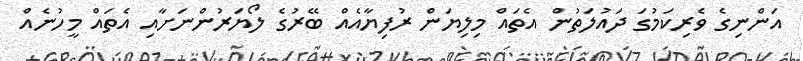
އަންނިގެ ވެރިކަމުގަ ދައުލަތުން އެތައް މިލިޔަން ރުފިޔާއެއް ބޭރުގެ ލޯޔަރުންނަށާއި އެތައް މީހުނެއް